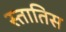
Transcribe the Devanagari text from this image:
स्तातिस